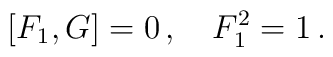
\left[F_1,G\right] =0\,,\quad F_1^2=1\,.